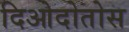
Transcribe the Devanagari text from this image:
दिओदोतोस